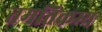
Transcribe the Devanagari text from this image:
तमतिक्रम्य